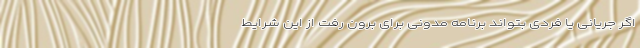
اگر جریانی یا فردی بتواند برنامه مدونی برای برون رفت از این شرایط